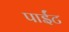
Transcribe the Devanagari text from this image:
पाईंट